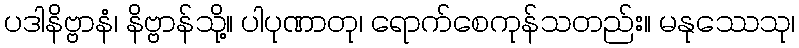
ပဒါနိဗ္ဗာနံ၊ နိဗ္ဗာန်သို့။ ပါပုဏာတု၊ ရောက်စေကုန်သတည်း။ မနုဿေသု၊